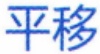
平移